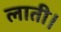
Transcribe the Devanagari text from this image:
लाती।